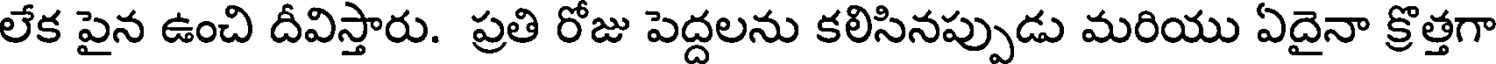
లేక పైన ఉంచి దీవిస్తారు. ప్రతి రోజు పెద్దలను కలిసినప్పుడు మరియు ఏదైనా క్రొత్తగా